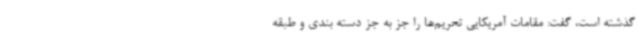
گذشته است، گفت: مقامات آمریکایی تحریم‌ها را جز به جز دسته بندی و طبقه